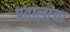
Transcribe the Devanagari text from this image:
प्रतालांचा